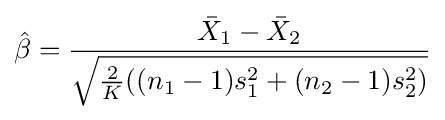
{\hat {\beta }}={\frac {{\bar {X}}_{1}-{\bar {X}}_{2}}{\sqrt {{\frac {2}{K}}((n_{1}-1)s_{1}^{2}+(n_{2}-1)s_{2}^{2})}}}